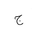
Letter: _gim